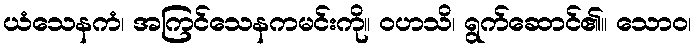
ယံသေနကံ၊ အကြင်သေနကမင်းကို။ ဝဟသိ၊ ရွက်ဆောင်၏။ သောဝ၊